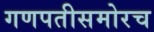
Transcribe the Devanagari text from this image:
गणपतीसमोरच